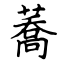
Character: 蕎